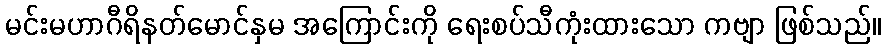
မင်းမဟာဂီရိနတ်မောင်နှမ အကြောင်းကို ရေးစပ်သီကုံးထားသော ကဗျာ ဖြစ်သည်။